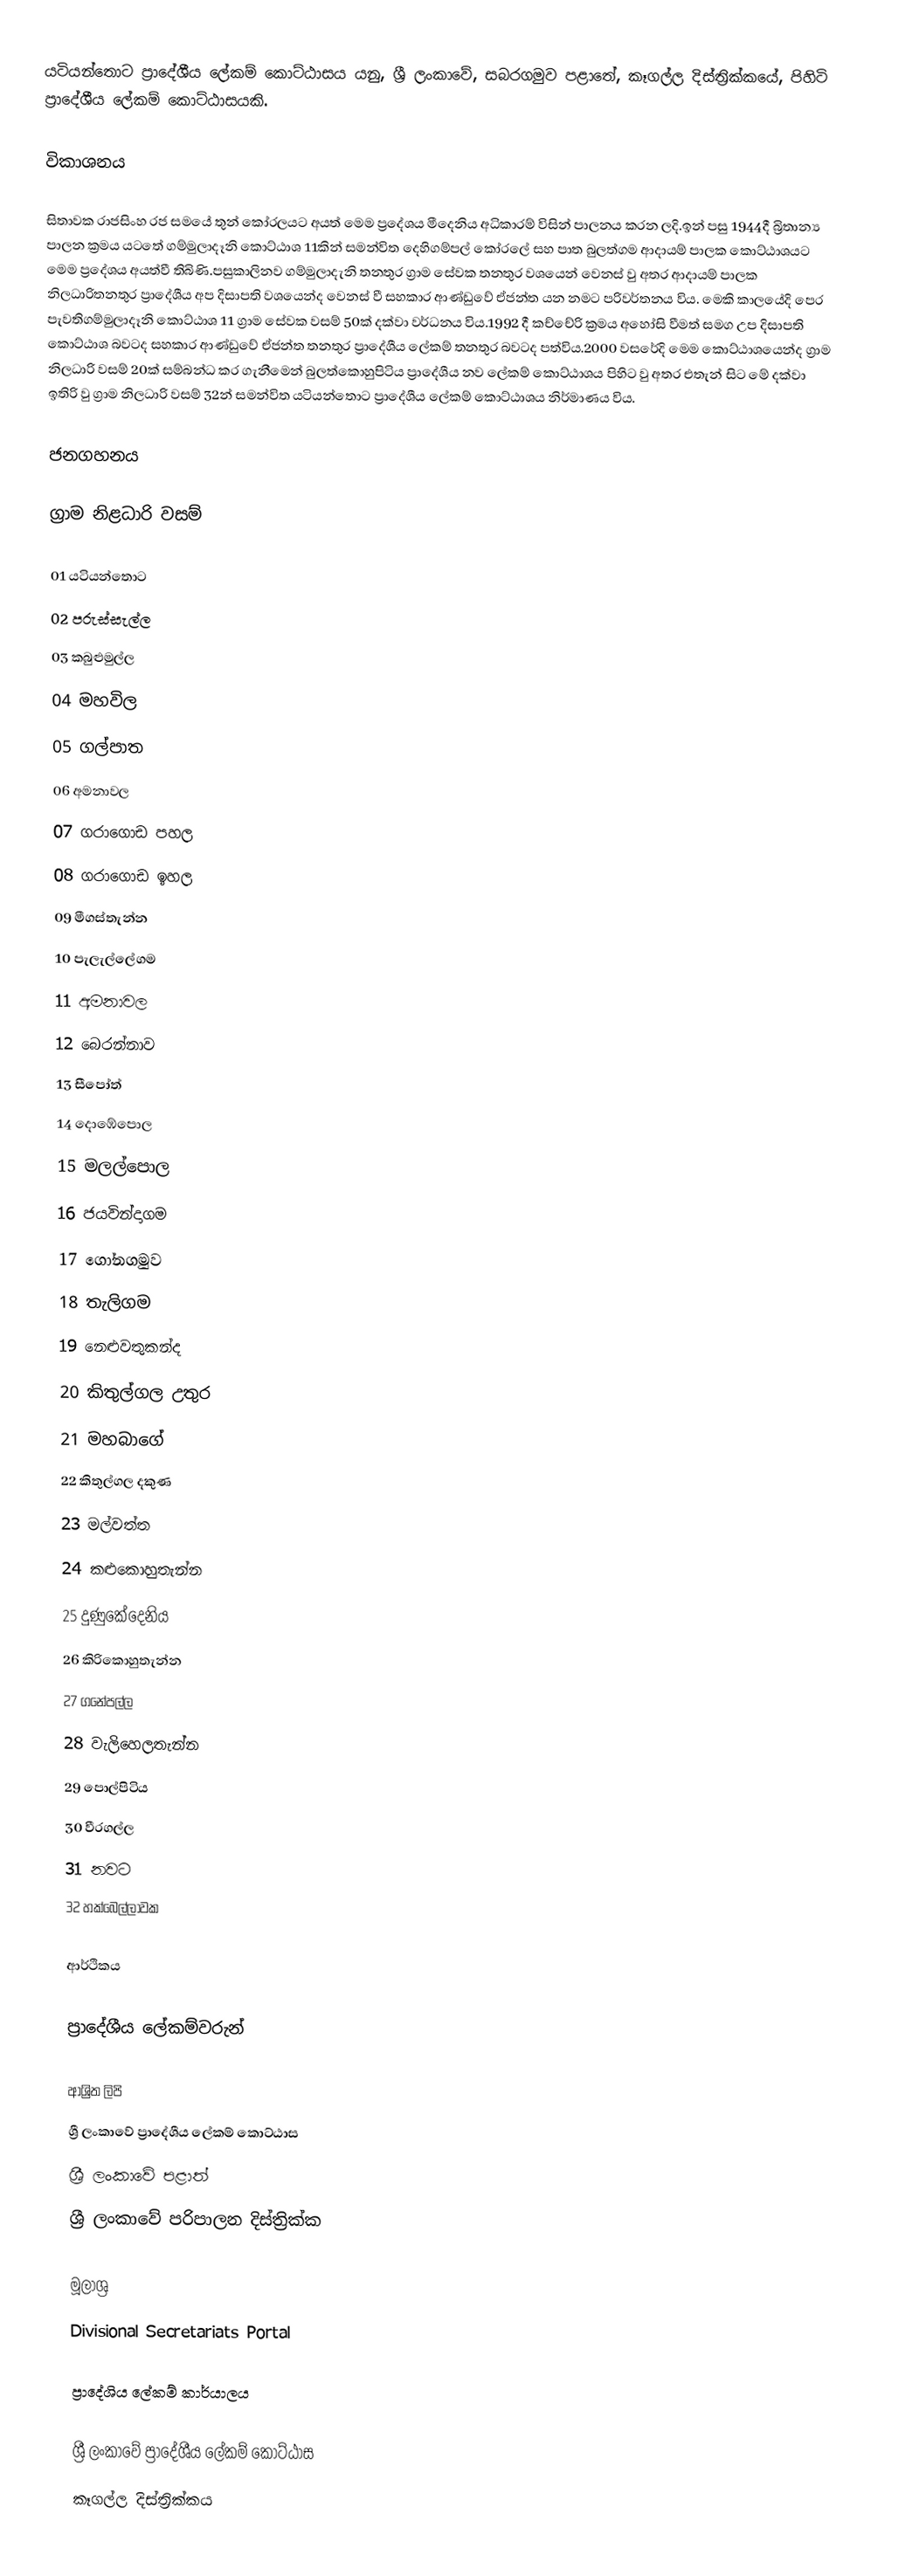
යටියන්තොට ප්‍රාදේශීය ලේකම් කොට්ඨාසය යනු,  ශ්‍රී ලංකාවේ, සබරගමුව පළාතේ,   කෑගල්ල දිස්ත්‍රික්කයේ, පිහිටි ප්‍රාදේශීය ලේකම් කොට්ඨාසයකි.

විකාශනය

 සිතාවක රාජසිංහ රජ සමයේ තුන් කෝරලයට අයත් මෙම ප්‍රදේශය මීදෙනිය අධිකාරම් විසින් පාලනය කරන ලදි.ඉන් පසු 1944දී බ්‍රිතාන්‍ය පාලන ක්‍රමය යටතේ ගම්මුලාදෑනි කොට්ඨාශ 11කින් සමන්විත දෙහිගම්පල් කෝරලේ සහ පාත බුලත්ගම ආදායම් පාලක කොට්ඨාශයට මෙම ප්‍රදේශය අයත්වී තිබිණි.පසුකාලිනව ගම්මුලාදැනි තනතුර ග්‍රාම සේවක තනතුර වශයෙන් වෙනස් වු අතර ආදායම් පාලක නිලධාරිතනතුර ප්‍රා‍දේශීය අප දිසාපති වශයෙන්ද වෙනස් වී සහකාර ආණ්ඩුවේ ඒජන්ත යන නමට පරිවර්තනය විය. මෙකි කාලයේදි පෙර පැවතිගම්මුලාදෑනි කොට්ඨාශ 11 ග්‍රාම සේවක වසම් 50ක් දක්වා වර්ධනය විය.1992 දී කච්චේරි ක්‍රමය අහෝසි වීමත් සමග උප දිසාපති කොට්ඨාශ බවටද සහකාර ආණ්ඩුවේ ඒජන්ත තනතුර ප්‍රාදේශීය ලේකම් තනතුර බවටද පත්විය.2000 වසරේදි මෙම කොට්ඨාශයෙන්ද ග්‍රාම නිලධාරි වසම් 20ක් සම්බන්ධ කර ගැනීමෙන් බුලත්කොහුපිටිය ප්‍රාදේශීය නව ලේකම් කොට්ඨාශය පිහිට වු අතර එතැන් සිට මේ දක්වා ඉතිරි වු ග්‍රාම නිලධාරි වසම් 32න් සමන්විත යටියන්තොට ප්‍රාදේශීය ලේකම් කොට්ඨාශය නිර්මාණය විය.

ජනගහනය

ග්‍රාම නිළධාරි වසම්

01 යටියන්තොට
02 පරුස්සැල්ල
03 කබුළුමුල්ල
04 මහවිල
05 ගල්පාත
06 අමනාවල
07 ගරාගොඩ පහල
08 ගරාගොඩ ඉහල
09 මීගස්තැන්න
10 පැලැල්ලේගම
11 අමනාවල
12 බෙරන්නාව
13 සීපෝත්
14 දොඹේපොල
15 මලල්පොල
16 ජයවින්දාගම
17 ගෝනගමුව
18 තැලිගම
19 නෙළුවතුකන්ද
20 කිතුල්ගල උතුර
21 මහබාගේ
22 කිතුල්ගල දකුණ
23 මල්වත්ත
24 කළුකොහුතැන්න
25 දුණුකේදෙනිය
26 කිරිකොහුතැන්න
27 ගනේපල්ල
28 වැලිහෙලතැන්න
29 පොල්පිටිය
30 වීරගල්ල
31 නවට
32 හක්බෙල්ලාවක

ආර්ථිකය

ප්‍රාදේශීය ලේකම්වරුන්

ආශ්‍රිත ලිපි
ශ්‍රී ලංකාවේ ප්‍රාදේශීය ලේකම් කොට්ඨාස
ශ්‍රී ලංකාවේ පළාත්
ශ්‍රී ලංකාවේ පරිපාලන දිස්ත්‍රික්ක

මූලාශ්‍ර
 Divisional Secretariats Portal

 ප්‍රාදේශිය ලේකම් කාර්යාලය

ශ්‍රී ලංකාවේ ප්‍රාදේශීය ලේකම් කොට්ඨාස
කෑගල්ල දිස්ත්‍රික්කය